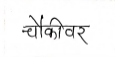
मजकूर: चौकीवर